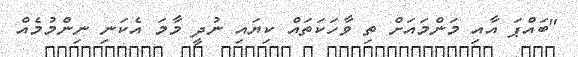
"ބައްޕަ އާއި މަންމައަށް ތި ވާހަކަތައް ކިޔައި ނުދީ މާމަ އެކަނި ނިންމުމެއް